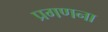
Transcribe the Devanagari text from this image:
प्रगणना